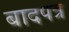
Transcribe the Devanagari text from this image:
बादपत्र